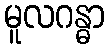
မူလဂန္ဓာ